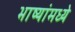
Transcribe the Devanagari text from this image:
भाष्यांमध्ये